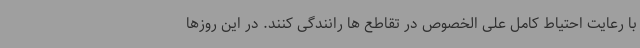
با رعایت احتیاط کامل علی الخصوص در تقاطع ها رانندگی کنند. در این روزها